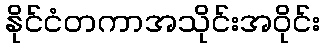
နိုင်ငံတကာအသိုင်းအဝိုင်း